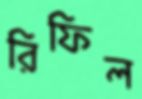
রিফিল